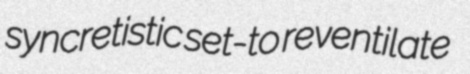
syncretistic set-to reventilate